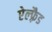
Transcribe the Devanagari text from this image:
ऐल्फ़्रैड